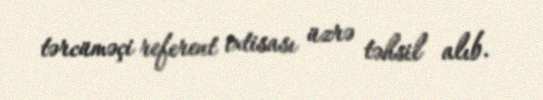
tərcüməçi referent ixtisası üzrə təhsil alıb.